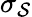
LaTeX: \sigma_{\mathcal{S}}